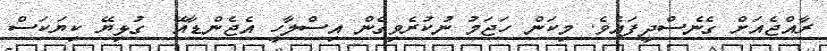
ރާއްޖެއަށް ގެނެސްދީފައެވެ. މިކަން ހަޖަމު ނުކުރެވިގެން އިސްލާހީ އެޖެންޑާއޭ  ގުޅިޔޭ ކިޔަކަސް